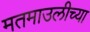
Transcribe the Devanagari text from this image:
मतमाउलीच्या